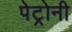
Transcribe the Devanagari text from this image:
पेट्रोनी